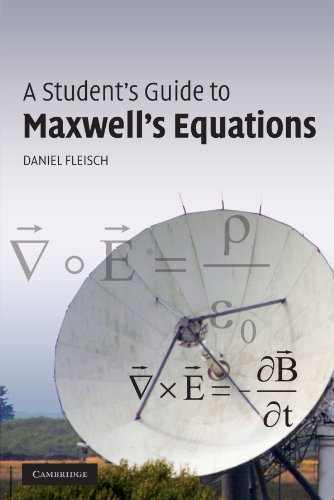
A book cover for A Student's Guide to Maxwell's Equations; Daniel Fleisch; Science & Math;